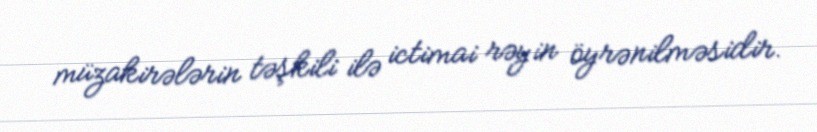
müzakirələrin təşkili ilə ictimai rəyin öyrənilməsidir.